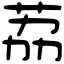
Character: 荔